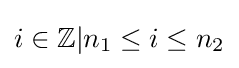
i\in \mathbb {Z} |n_{1}\leq i\leq n_{2}